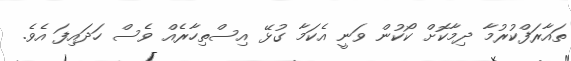
ތައާރަފްކުރުމާ ދިމާކޮށް ކޯކުން ވަނީ އެކަމާ ގުޅޭ އިސްތިހާރެއް ވެސް ހަދައިފަ އެވެ.